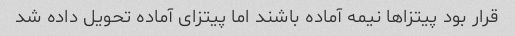
قرار بود پیتزاها نیمه آماده باشند اما پیتزای آماده تحویل داده شد